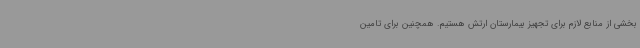
بخشی از منابع لازم برای تجهیز بیمارستان ارتش هستیم. همچنین برای تامین